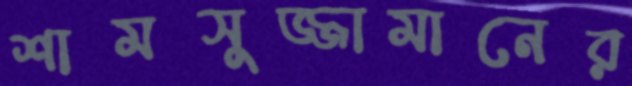
শামসুজ্জামানের